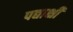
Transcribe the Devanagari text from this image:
पद्याक्षी